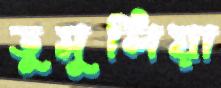
তুমুলিয়া